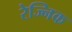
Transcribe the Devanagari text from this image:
रेज्निक